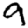
Digit: 9